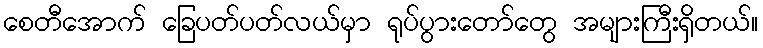
စေတီအောက် ခြေပတ်ပတ်လယ်မှာ ရုပ်ပွားတော်တွေ အများကြီးရှိတယ်။